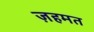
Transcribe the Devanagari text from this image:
ज़हमत